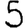
Digit: 5